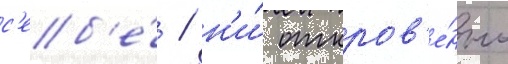
с'еб'е́ / н'и́ откров'е́нно